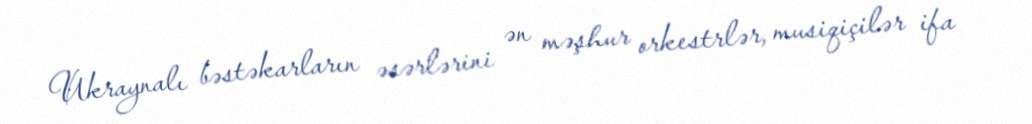
Ukraynalı bəstəkarların əsərlərini ən məşhur orkestrlər, musiqiçilər ifa